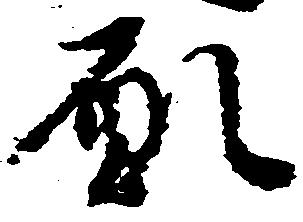
願